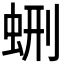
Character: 𧊞